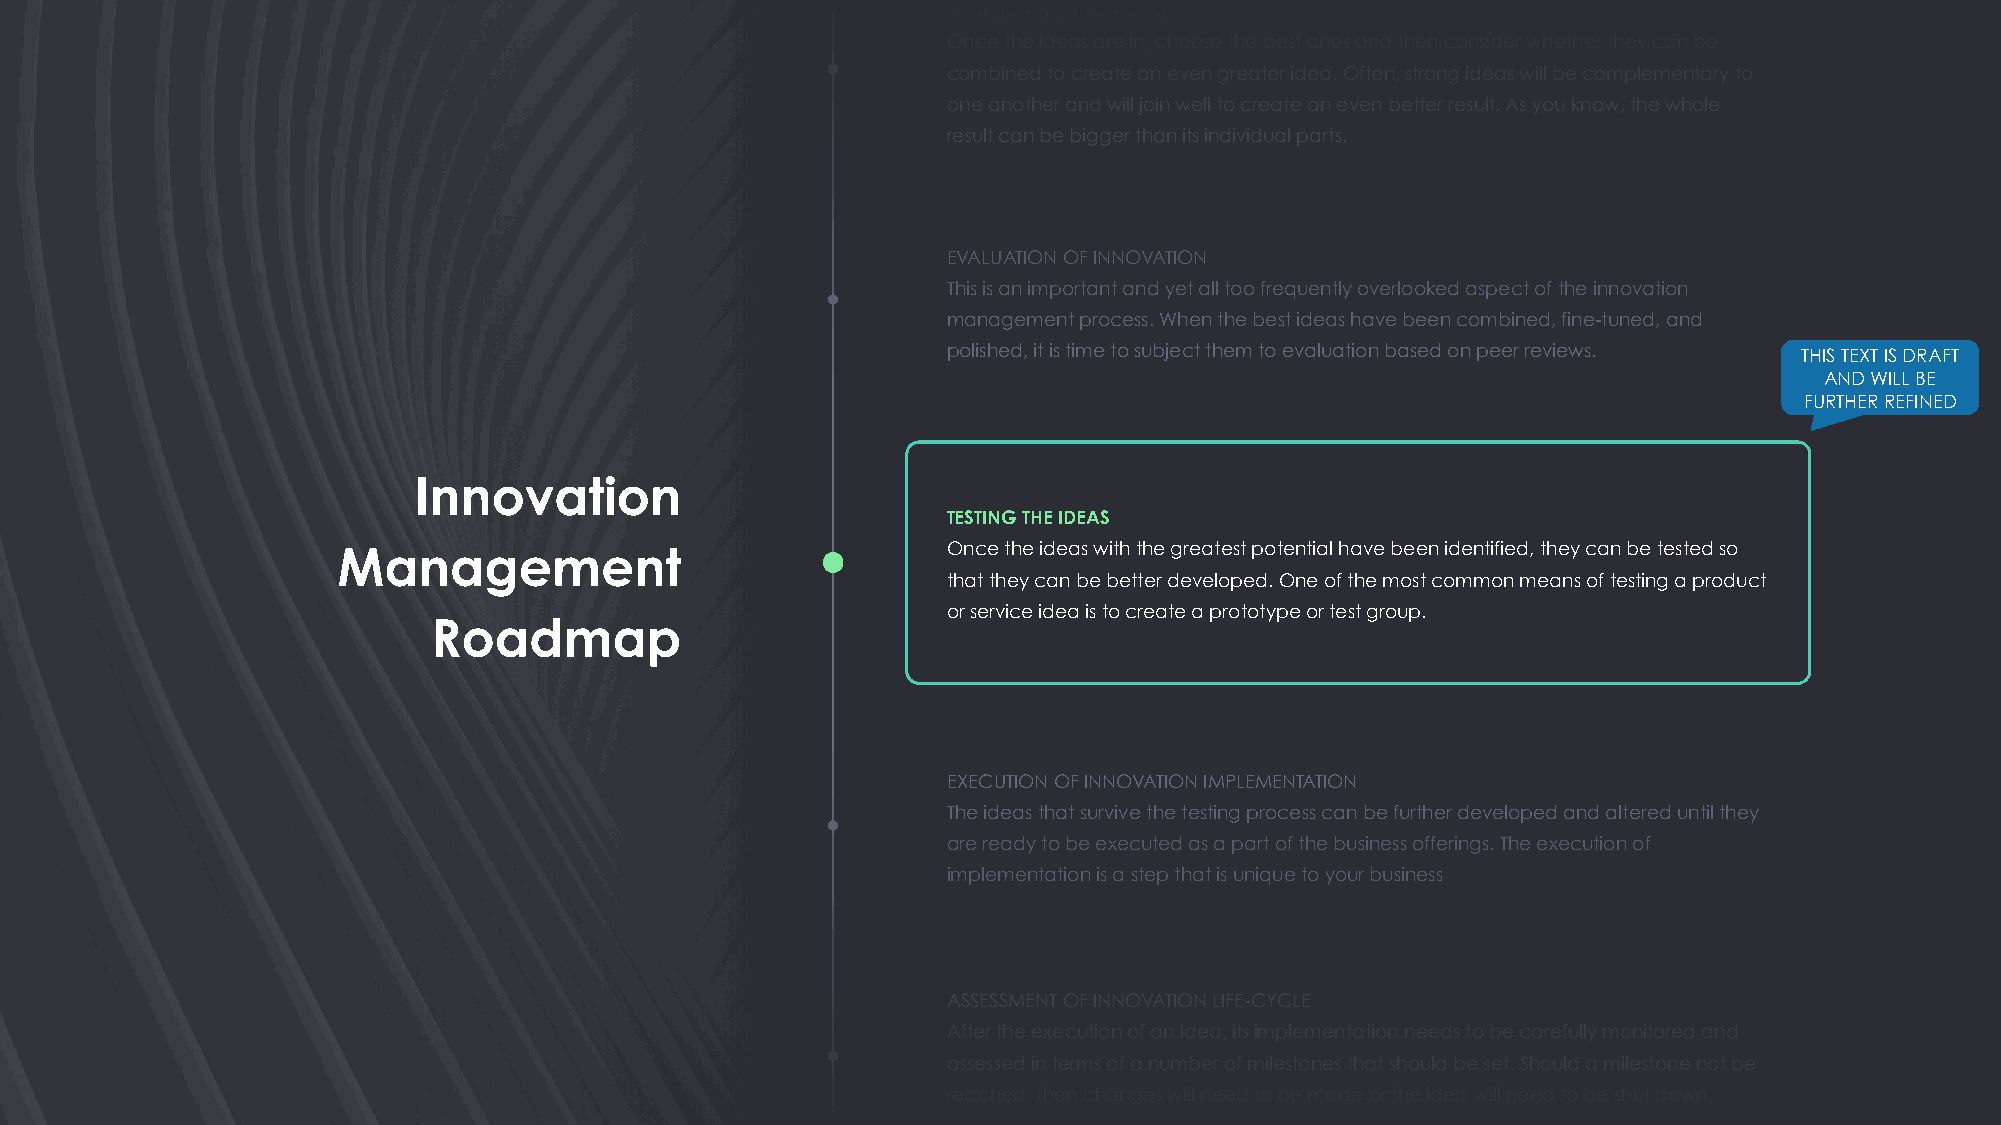
COMBINATION OF IDEAS
 Once the ideas are in, choose the best ones and then consider whether they can be
 combined to create an even greater idea. Often, strong ideas will be complementary to
 one another and will join well to create an even better result. As you know, the whole
 result can be bigger than its individual parts.
 EVALUATION OF INNOVATION
 This is an important and yet all too frequently overlooked aspect of the innovation
 management process. When the best ideas have been combined, fine-tuned, and
 polished, it is time to subject them to evaluation based on peer reviews. THIS TEXT IS DRAFT
 AND WILL BE
 FURTHER REFINED
 Innovation
 TESTING THE IDEAS
 Management                               Once the ideas with the greatest potential have been identified, they can be tested so
 that they can be better developed. One of the most common means of testing a product
 or service idea is to create a prototype or test group.
 Roadmap
 EXECUTION OF INNOVATION IMPLEMENTATION
 The ideas that survive the testing process can be further developed and altered until they
 are ready to be executed as a part of the business offerings. The execution of
 implementation is a step that is unique to your business
 ASSESSMENT OF INNOVATION LIFE-CYCLE
 After the execution of an idea, its implementation needs to be carefully monitored and
 assessed in terms of a number of milestones that should be set. Should a milestone not be
 reached, then changes will need to be made or the idea will need to be shut down.